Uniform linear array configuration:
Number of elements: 16
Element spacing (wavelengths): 0.25
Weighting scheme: exponential
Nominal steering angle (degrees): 15
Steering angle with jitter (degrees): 14.571
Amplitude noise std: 0.05
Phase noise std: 0.05

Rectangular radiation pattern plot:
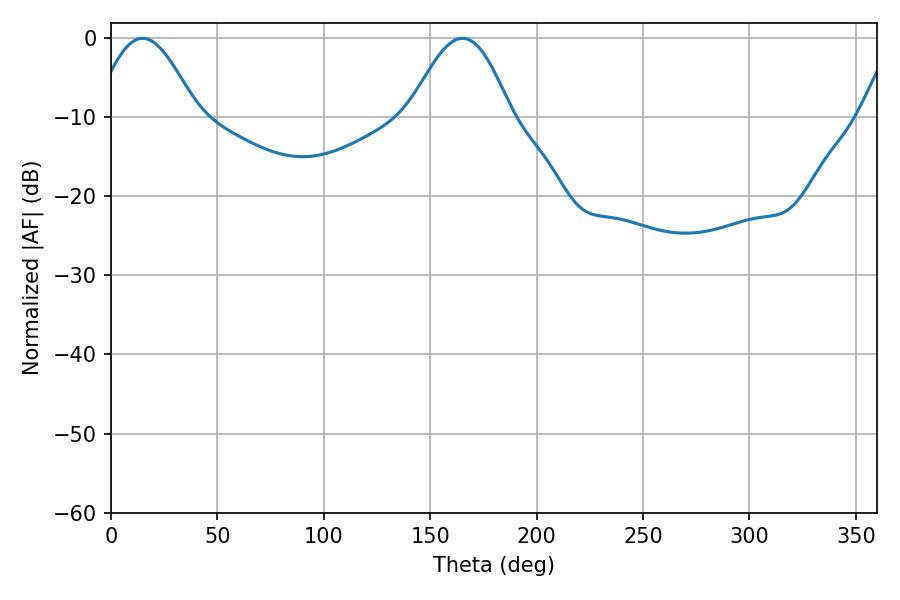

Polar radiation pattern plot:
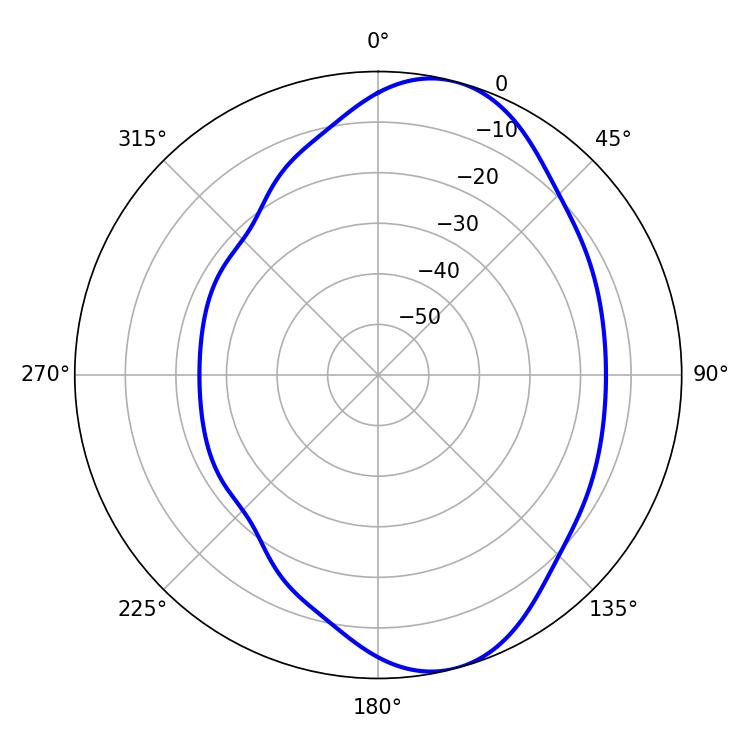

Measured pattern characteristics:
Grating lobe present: FALSE
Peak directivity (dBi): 7.952
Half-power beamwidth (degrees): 25.56
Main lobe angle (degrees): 165.24